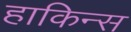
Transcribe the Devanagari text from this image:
हाकिन्स